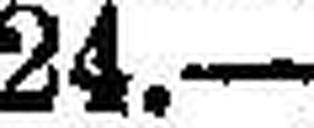
24.—